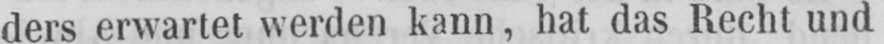
ders erwartet werden kann, hat das Recht und